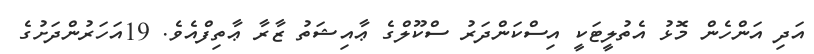
އަދި އަންހެން މޮޅު އެތުލީޓަކީ އިސްކަންދަރު ސްކޫލްގެ ޢާއިޝަތު ޒާރާ ޢާތިފްއެވެ. 19އަހަރުންދަށުގެ